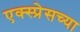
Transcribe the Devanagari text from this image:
एक्स्प्रेसच्या